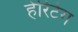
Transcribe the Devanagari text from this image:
हेरिटेग